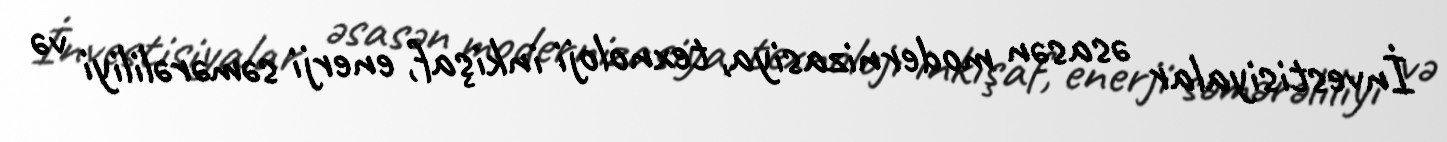
İnvestisiyalar əsasən modernizasiya, texnoloji inkişaf, enerji səmərəliliyi və